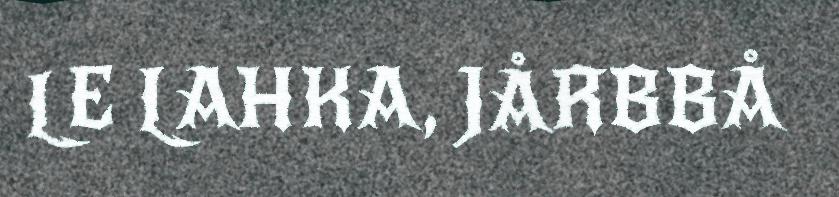
LE LAHKA, JÅRBBÅ